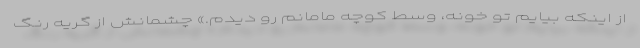
از اینکه بیایم تو خونه، وسط کوچه مامانم رو دیدم.» چشمانش از گریه رنگ